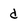
Character: d